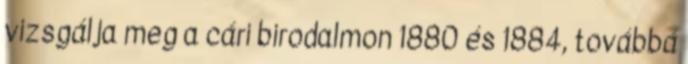
vizsgálja meg a cári birodalmon 1880 és 1884, továbbá